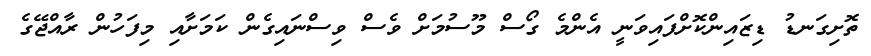
ތޮށިގަނޑު ޑިޒައިންކޮށްފައިވަނީ އެންމެ ގޯސް މޫސުމަށް ވެސް ވިސްނައިގެން ކަމަށާއި މިފަހުން ރާއްޖޭގެ